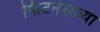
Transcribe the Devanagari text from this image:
फिटनेसच्या